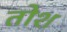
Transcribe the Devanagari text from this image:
तोश